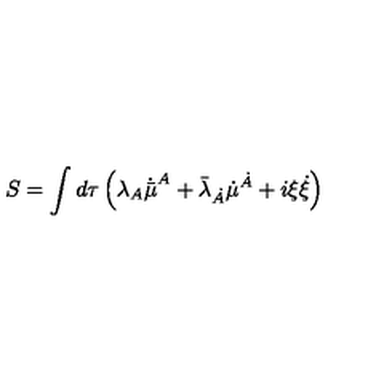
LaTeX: S = \int d \tau \left( \lambda _ { A } \dot { \bar { \mu } } ^ { A } + \bar { \lambda } _ { \dot { A } } \dot { { \mu } } ^ { \dot { A } } + i \xi \dot { \xi } \right)